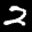
Label: 2